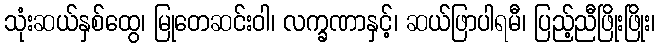
သုံးဆယ်နှစ်ထွေ၊ မြုတေဆင်းဝါ၊ လက္ခဏာနှင့်၊ ဆယ်ဖြာပါရမီ၊ ပြည့်ညီဖြိုးဖြိုး၊